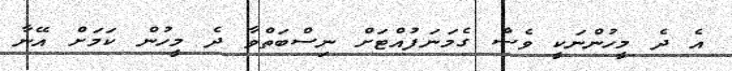
އެ ދެ މީހުންނަކީ ވެސް ގެމަނަފުއްޓަށް ނިސްބަތްވާ ދެ މީހުން ކަމަށް އޭނާ